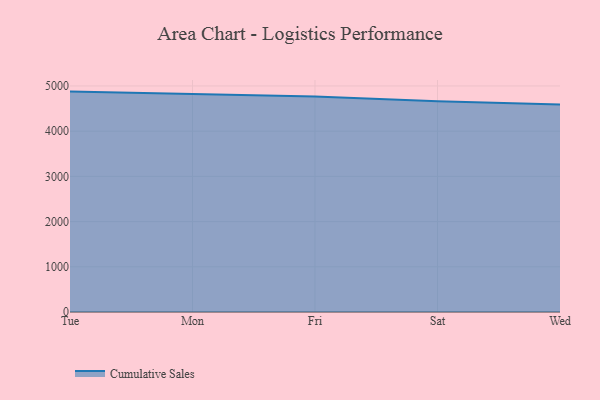
{"axis": {"x": "Day", "y": "Shipments"}, "legend": ["Cumulative Sales"], "data": [{"x": "Tue", "y": 4875.1, "type": "Cumulative Sales"}, {"x": "Mon", "y": 4827.8, "type": "Cumulative Sales"}, {"x": "Fri", "y": 4768.8, "type": "Cumulative Sales"}, {"x": "Sat", "y": 4662.3, "type": "Cumulative Sales"}, {"x": "Wed", "y": 4587.4, "type": "Cumulative Sales"}]}